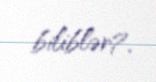
biliblər?.